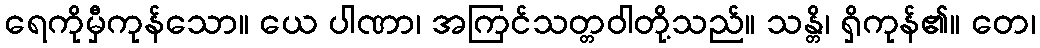
ရေကိုမှီကုန်သော။ ယေ ပါဏာ၊ အကြင်သတ္တဝါတို့သည်။ သန္တိ၊ ရှိကုန်၏။ တေ၊